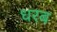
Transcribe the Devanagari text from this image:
धरब